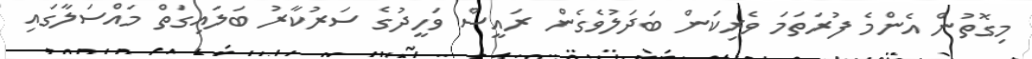
މިގޮތުން އެންމެ ފުރަތަމަ ވެރިކަން ބަދަލުވެގެން ރައީސް ވަހީދުގެ ސަރުކާރު ބަލައިގަތް މައްސަލާގައި